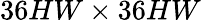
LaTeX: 36HW\times 36HW